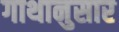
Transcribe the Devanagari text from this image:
गाथानुसार